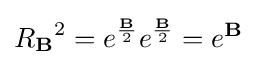
{R_{\mathbf {B} }}^{2}=e^{\frac {\mathbf {B} }{2}}e^{\frac {\mathbf {B} }{2}}=e^{\mathbf {B} }